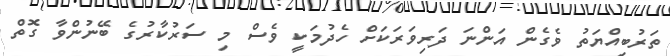
ތަރުބިއްޔަތު ވެގެން އަންނަ ދަރިވަރަކަށް ހެދުމަކީ ވެސް މި ސަރުކާރުގެ ބޭނުންވާ ގޮތް